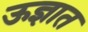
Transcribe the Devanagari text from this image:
ऊज्ञात